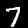
Digit: 7